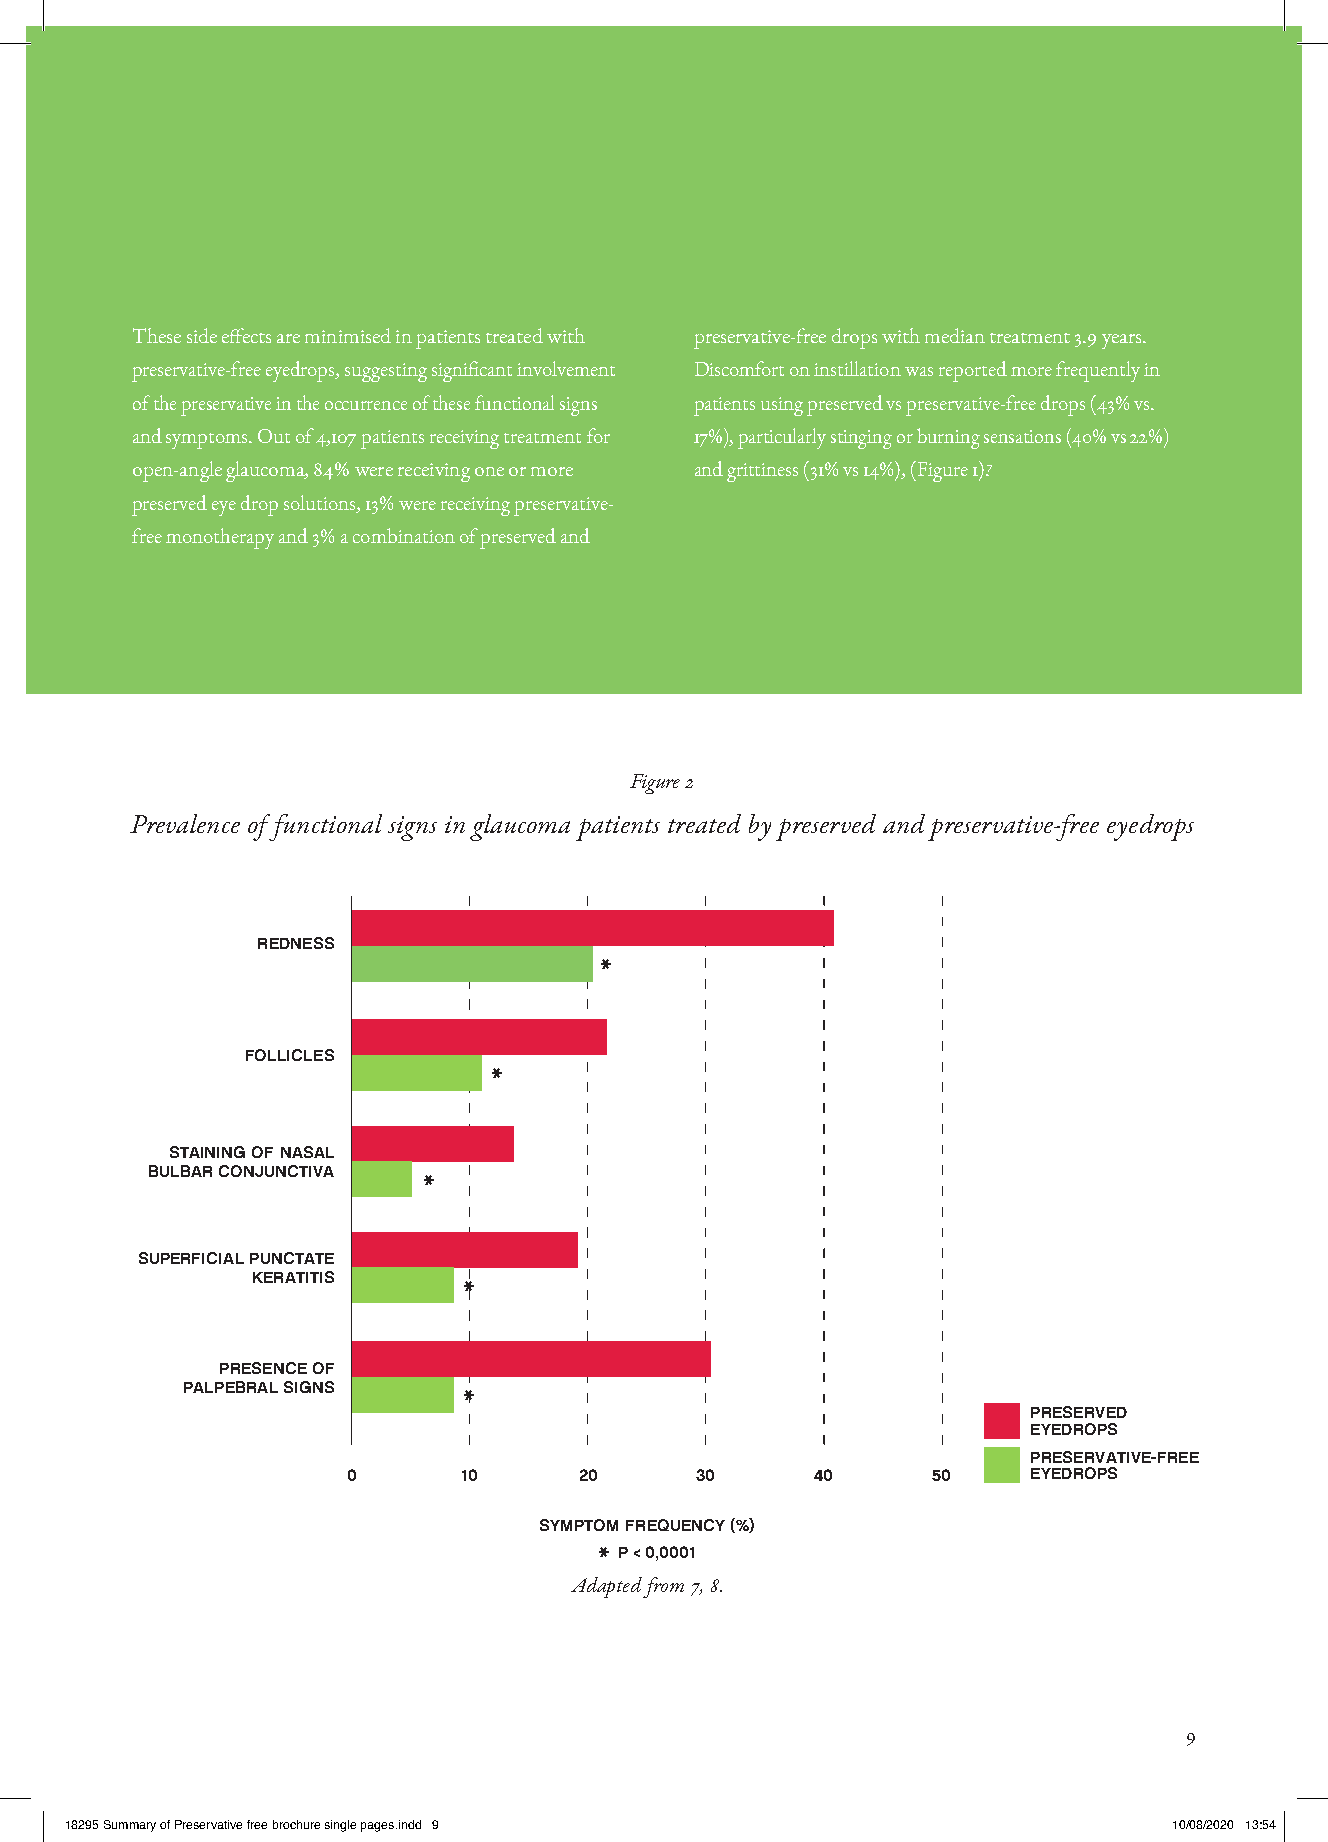
These side effects are minimised in patients treated with preservative-free drops with median treatment 3.9 years.
 preservative-free eyedrops, suggesting significant involvement Discomfort on instillation was reported more frequently in
 of the preservative in the occurrence of these functional signs patients using preserved vs preservative-free drops (43% vs.
 and symptoms. Out of 4,107 patients receiving treatment for 17%), particularly stinging or burning sensations (40% vs 22%)
 open-angle glaucoma, 84% were receiving one or more and grittiness (31% vs 14%), (Figure 1).7
 preserved eye drop solutions, 13% were receiving preservative-
 free monotherapy and 3% a combination of preserved and
 Figure 2
 Prevalence of functional signs in glaucoma patients treated by preserved and preservative-free eyedrops
 REDNESS
 *
 FOLLICLES
 *
 STAINING OF NASAL
 BULBAR CONJUNCTIVA
 *
 SUPERFICIAL PUNCTATE
 KERATITIS
 *
 PRESENCE OF
 PALPEBRAL SIGNS
 *
 PRESERVED
 EYEDROPS
 PRESERVATIVE-FREE
 0      10      20      30      40      50    EYEDROPS
 SYMPTOM FREQUENCY (%)
 * P < 0,0001
 Adapted from 7, 8.
 9
 1188229955 SSuummmmaarryy ooff PPrreesseerrvvaattiivvee ffrreeee bbrroocchhuurree ssiinnggllee ppaaggeess..iinndddd 99 1100//0088//22002200 1133::5544